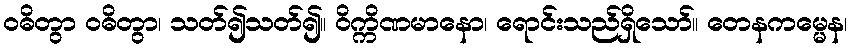
ဝဓိတွာ ဝဓိတွာ၊ သတ်၍သတ်၍။ ဝိက္ကိဏမာနော၊ ရောင်းသည်ရှိသော်။ တေနကမ္မေန၊